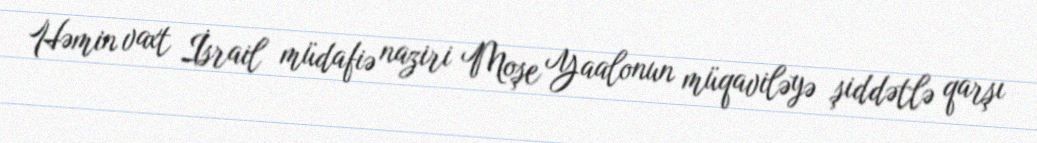
Həmin vaxt İsrail müdafiə naziri Moşe Yaalonun müqaviləyə şiddətlə qarşı